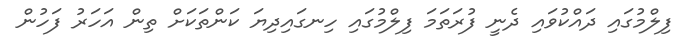
ފިލްމުގައި ދައްކުވައި ދެނީ ފުރަތަމަ ފިލްމުގައި ހިނގައިދިޔަ ކަންތަކަށް ތިން އަހަރު ފަހުން